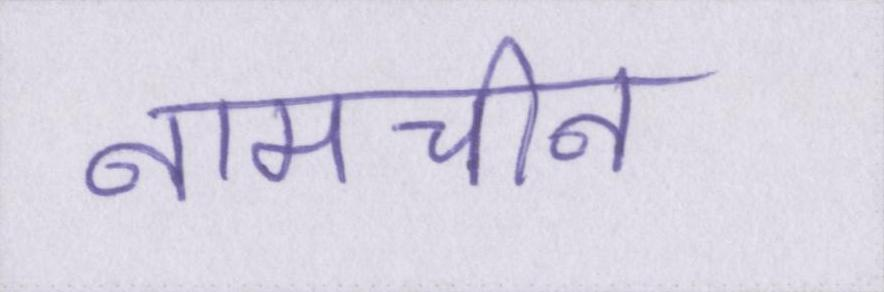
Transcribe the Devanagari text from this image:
नामचीन